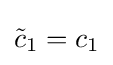
{\tilde {c}}_{1}=c_{1}